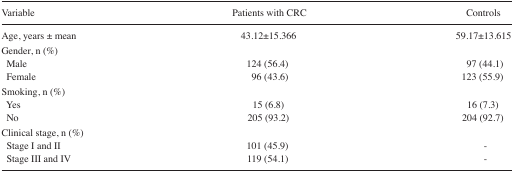
| Variable | Patients with CRC | Controls |
 | --- | --- | --- |
 | Age, years ± mean | 43.12±15.366 | 59.17±13.615 |
 | <COLSPAN=3> Gender, n (%) |
 | Male | 124 (56.4) | 97 (44.1) |
 | Female | 96 (43.6) | 123 (55.9) |
 | <COLSPAN=3> Smoking, n (%) |
 | Yes | 15 (6.8) | 16 (7.3) |
 | No | 205 (93.2) | 204 (92.7) |
 | <COLSPAN=3> Clinical stage, n (%) |
 | Stage I and II | 101 (45.9) | - |
 | Stage III and IV | 119 (54.1) | - |